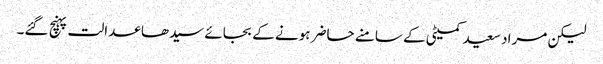
لیکن مراد سعید کمیٹی کے سامنے حاضر ہونے کے بجائے سیدھا عدالت پہنچ گئے۔